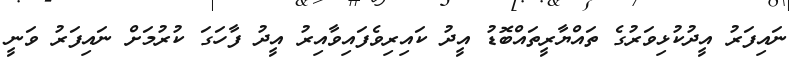
ނައިފަރު އީދުކުޅިވަރުގެ ތައްޔާރީތައްބޮޑު އީދު ކައިރިވެފައިވާއިރު އީދު ފާހަގަ ކުރުމަށް ނައިފަރު ވަނީ